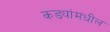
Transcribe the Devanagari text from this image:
कड्यांमधील